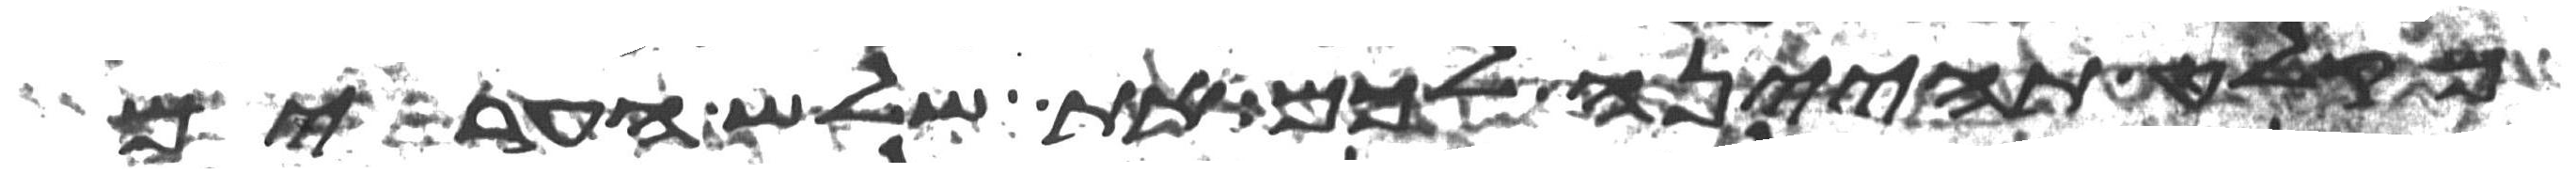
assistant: מקלט תהינה לכם את שלש הערים